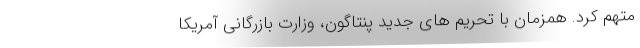
متهم کرد. همزمان با تحریم های جدید پنتاگون، وزارت بازرگانی آمریکا